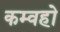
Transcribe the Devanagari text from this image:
कम्वहो